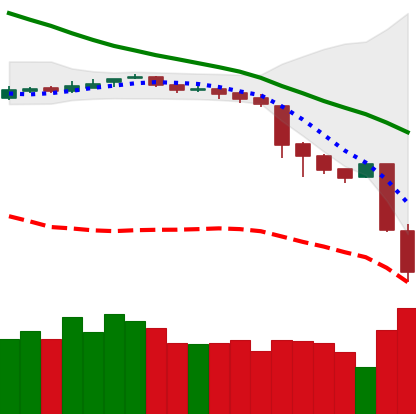
Ticker: BNB-USD
Chart end date: 2018-11-20
Forward return: -10.063%
Label: down_7plus